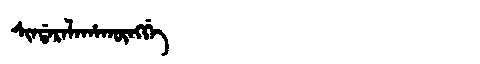
Manchu: ᠰᡳᠨᡩᠠᡵᠠᠯᠠᡥᠠᡴᡡᠩᡤᡝ
Romanization: SINDARALAHAKŪNGGE